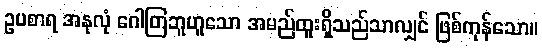
ဥပစာရ အနုလုံ ဂေါတြဘူဟူသော အမည်ထူးရှိသည်သာလျှင် ဖြစ်ကုန်သော။